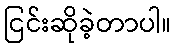
ငြင်းဆိုခဲ့တာပါ။